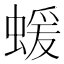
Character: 蝯